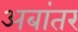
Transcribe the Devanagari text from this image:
अबांतर